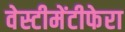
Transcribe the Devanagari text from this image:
वेस्टीमेंटीफेरा